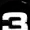
Digit: 3